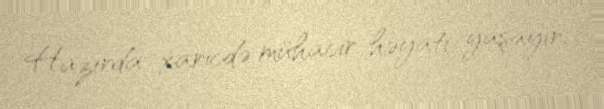
Hazırda xaricdə mühacir həyatı yaşayır.